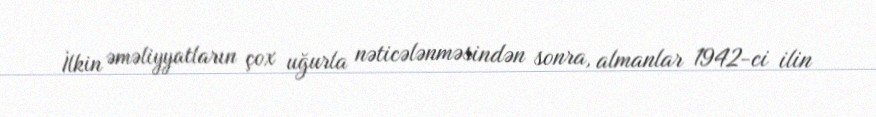
İlkin əməliyyatların çox uğurla nəticələnməsindən sonra, almanlar 1942-ci ilin